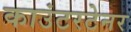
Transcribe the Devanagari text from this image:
काउंटरटेनर